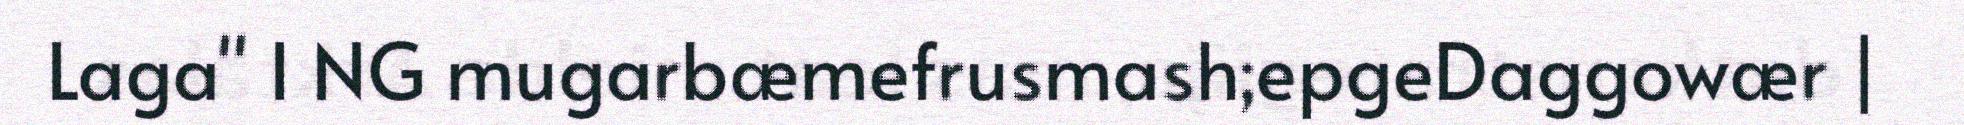
Laga" I NG mugarbæmefrusmash;epgeDaggowær |